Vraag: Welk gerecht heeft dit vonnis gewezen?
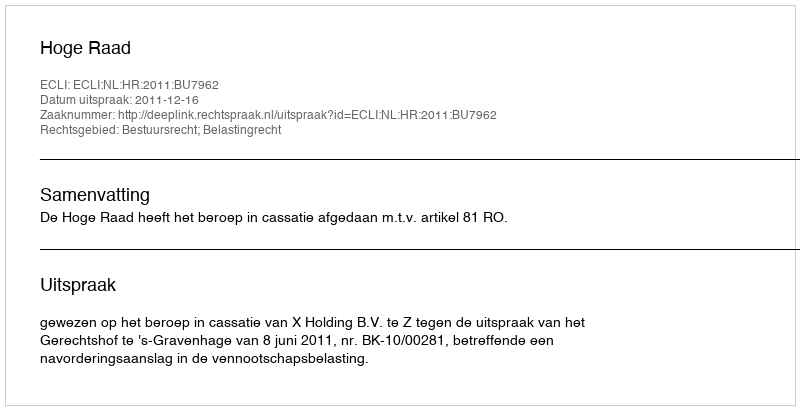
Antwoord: Hoge Raad